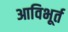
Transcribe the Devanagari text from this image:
आविभूर्त